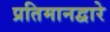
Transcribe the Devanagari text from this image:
प्रतिमानद्वारे